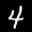
Label: 4